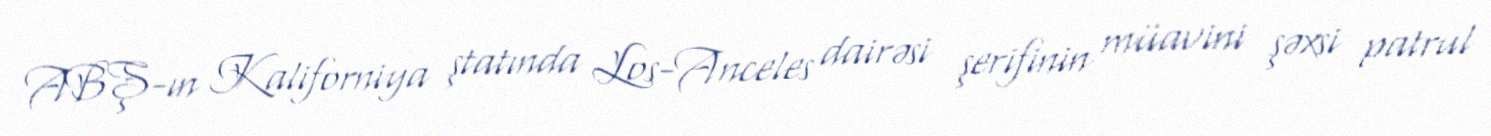
ABŞ-ın Kaliforniya ştatında Los-Anceles dairəsi şerifinin müavini şəxsi patrul